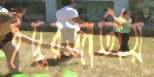
ইঁদুরজাতীয়